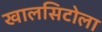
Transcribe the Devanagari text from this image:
खालसिटोला